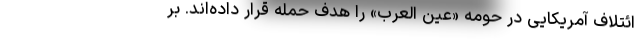
ائتلاف آمریکایی در حومه «عین العرب» را هدف حمله قرار داده‌اند. بر